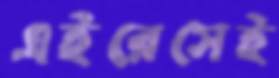
এইরেসেই